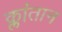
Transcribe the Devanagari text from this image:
क्लांतान